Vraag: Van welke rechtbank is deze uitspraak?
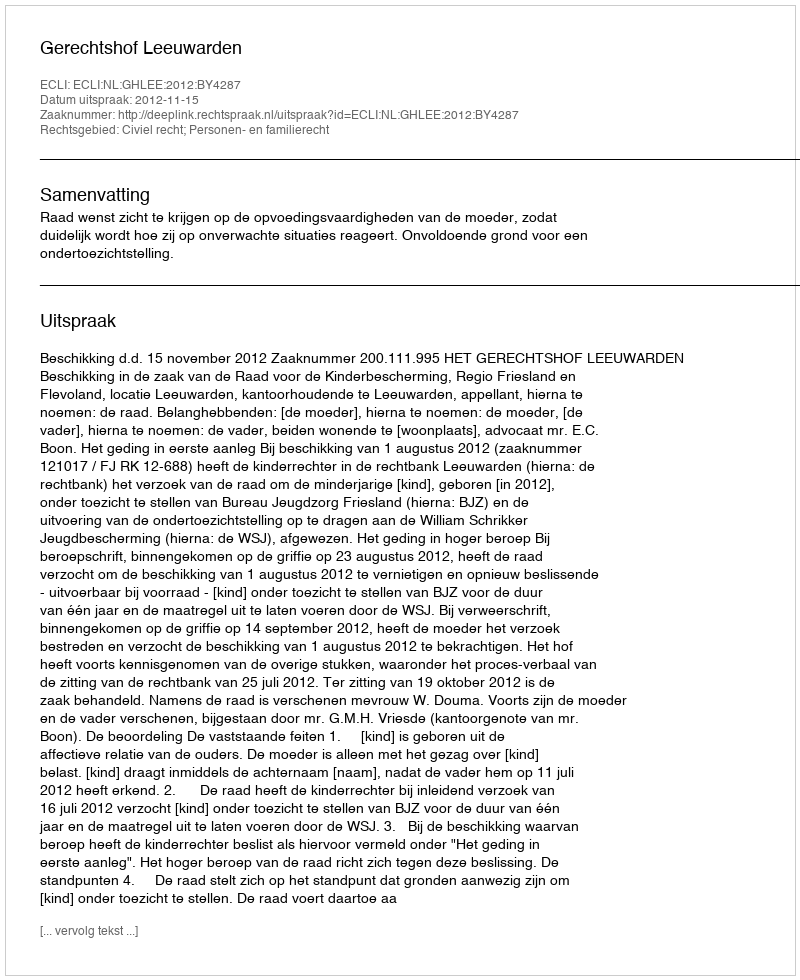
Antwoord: Gerechtshof Leeuwarden